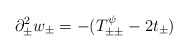
\begin{align*}\partial_{\pm}^2 w_{\pm}=-(T^\psi_{\pm\pm} -2t_{\pm})\end{align*}